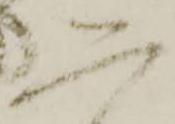
恐